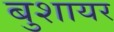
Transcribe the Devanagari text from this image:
बुशायर